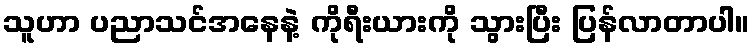
သူဟာ ပညာသင်အနေနဲ့ ကိုရီးယားကို သွားပြီး ပြန်လာတာပါ။